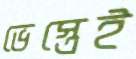
ভেস্তেই